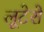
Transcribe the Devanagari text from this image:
लूटेरो